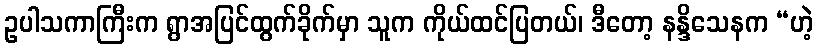
ဥပါသကာကြီးက ရွာအပြင်ထွက်ခိုက်မှာ သူက ကိုယ်ထင်ပြတယ်၊ ဒီတော့ နန္ဒိသေနက “ဟဲ့